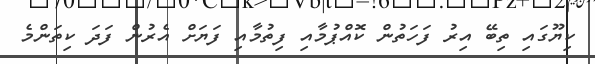
ކިޔޫގައި ތިބޭ އިރު ފަހަތުން ކޮއްޕުމާއި ފިތުމާއި ފަޔަށް އެރުން ފަދަ ކިތަންމެ